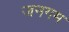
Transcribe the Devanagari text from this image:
जनगम